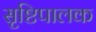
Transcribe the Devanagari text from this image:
सृष्टिपालक